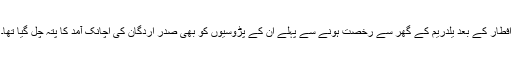
افطار کے بعد یلدریم کے گھر سے رخصت ہونے سے پہلے ان کے پڑوسیوں کو بھی صدر اردگان کی اچانک آمد کا پتہ چل گیا تھا۔